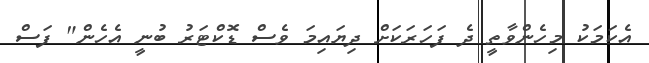
އެކަމަކު މިހެންވާތީ ދެ ފަހަރަކަށް ދިޔައިމަ ވެސް ޑޮކްޓަރު ބުނީ އެހެން" ފަސް